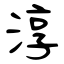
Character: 淳